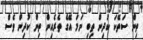
ތިން ސަތޭކަ ކުދިން ތިބި ނަމަ އޭގެ ތެރެއިން ތިން ކުދިން ވެސް